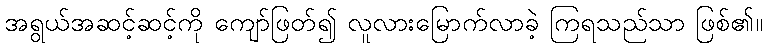
အရွယ်အဆင့်ဆင့်ကို ကျော်ဖြတ်၍ လူလားမြောက်လာခဲ့ ကြရသည်သာ ဖြစ်၏။